Report on horse surra - Volume II, Part II
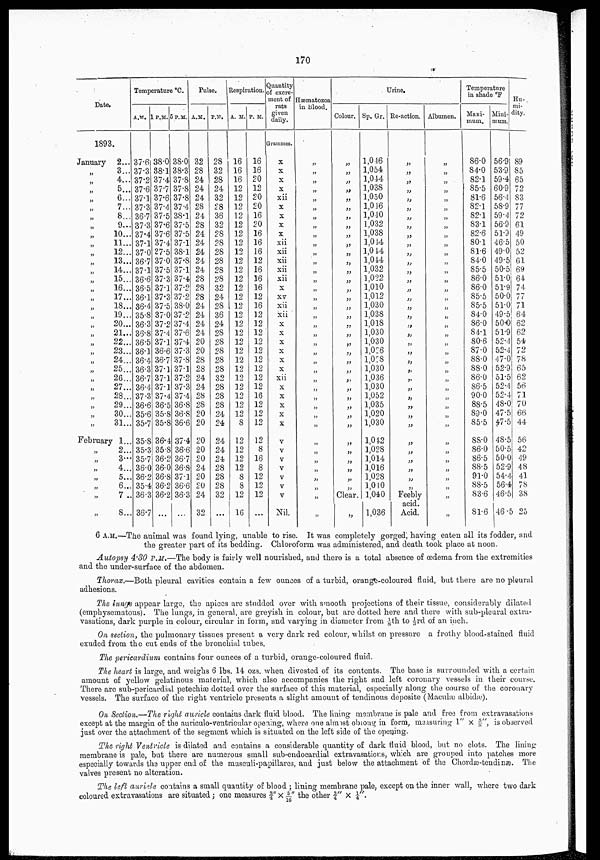
170
Date.
1893.
January 2...
„ 3...
„ 4...
„ 5...
„ 6...
„ 7...
„ 8...
„ 9...
„ 10...
„ 11...
„ 12...
„ 13...
„ 14...
„ 15...
„ 16...
„ 17...
„ 18...
„ 19...
„ 20...
„ 21...
„ 22...
„ 23...
„ 24...
„ 25...
„ 26...
„ 27...
„ 28...
„ 29...
„ 30...
„ 31...
February 1...
„ 2...
„ 3...
„ 4...
„ 5...
„ 6...
„ 7..
„ 8...
Temperature °C.
37.6
37.3
37.2
37.6
37.1
37.3
36.7
37.3
37.4
37.1
37.0
36.7
37.1
36.6
36.5
36.1
36.4
35.8
36.3
36.8
36.5
36.1
36.4
36.3
36.7
36.4
37.3
36.6
35.6
35.7
35.8
35.3
35.7
36.0
36.2
35.4
36.3
36.7
38.0
38.1
37.4
37.7
37.6
37.4
37.5
37.6
37.6
37.4
37.5
37.0
37.5
37.3
37.1
37.3
37.5
37.0
37.2
37.4
37.1
36.6
36.7
37.1
37.1
37.1
37.4
36.5
35.8
35.8
36.4
35.8
36.2
36.0
36.8
36.2
36.2
...
38.0
38.3
37.8
37.8
37.8
37.4
38.1
37.5
37.5
37.1
38.1
37.8
37.1
37.4
37.2
37.2
38.0
37.2
37.4
37.6
37.4
37.3
37.8
37.1
37.2
37.3
37.4
36.8
36.8
36.6
37.4
36.6
36.7
36.8
37.1
36.6
36.3
...
Pulse.
32
28
24
24
24
28
24
28
24
24
24
24
24
28
28
28
24
24
24
24
20
20
28
28
24
24
28
28
20
20
20
20
20
24
20
20
24
32
28
32
28
24
32
28
36
32
28
28
28
28
28
28
32
24
28
36
24
28
28
28
28
28
32
28
28
28
24
24
24
24
24
28
28
28
32
...
Respiration.
16
16
16
12
12
12
12
12
12
12
12
12
12
12
12
12
12
12
12
12
12
12
12
12
12
12
12
12
12
8
12
12
12
12
8
8
12
16
16
16
20
12
20
20
16
20
16
16
16
12
16
16
16
12
16
12
12
12
12
12
12
12
12
12
16
12
12
12
12
8
16
8
12
12
12
...
Quantity
of excre
ment of
rats
given
daily.
Grammes.
x
x
x
x
xii
x
x
x
x
xii
xii
xii
xii
xii
x
xv
xii
xii
x
x
x
x
x
x
xii
x
x
x
x
x
v
v
v
v
v
v
v
Nil.
Hæmatozoa
in blood.
„
„
„
„
„
„
„
„
„
„
„
„
„
„
„
„
„
„
„
„
„
„
„
„
„
„
„
„
„
„
„
„
„
„
„
„
„
„
Colour.
„
„
„
„
„
„
„
„
„
„
„
„
„
„
„
„
„
„
„
„
„
„
„
„
„
„
„
„
„
„
„
„
„
„
„
„
Clear.
„
Urine.
Sp. Gr.
1,046
1,054
1,044
1,038
1,050
1,016
1,040
1,032
1,038
1,044
1,044
1,044
1,032
1,022
1,010
1,012
1,030
1,038
1,018
1,030
1,030
1,026
1,028
1,030
1,036
1,030
1,052
1,035
1,020
1,030
1,012
1,028
1,014
1,016
1,028
1,010
1,040
1,036
Re-action.
„
„
„
„
„
„
„
„
„
„
„
„
„
„
„
„
„
„
„
„
„
„
„
„
„
„
„
„
„
„
„
„
„
„
„
„
Feebly
acid.
Acid.
Albumen.
„
„
„
„
„
„
„
„
„
„
„
„
„
„
„
„
„
„
„
„
„
„
„
„
„
„
„
„
„
„
„
„
„
„
„
„
„
„
Temperature
in shade ºF
Maxi
mum.
86.0
84.0
82.1
85.5
81.6
82.1
82.1
83.1
82.6
80.1
81.6
84.0
85.5
86.0
86.0
85.5
85.5
84.0
86.0
84.1
80.6
87.0
88.0
88.0
86.0
86.5
90.0
88.5
89.0
85.5
88.0
86.0
86.5
88.5
91.0
88.5
83.6
81.6
Mini
mum.
56.9
53.9
59.4
60.9
56.4
58.9
59.4
56.9
51.3
46.5
49.0
49.5
50.5
51.0
51.9
50.0
51.0
49.5
50.0
51.9
52.4
52.4
47.0
52.9
51.5
52.4
52.4
48.0
47.5
47.5
48.5
50.5
50.0
52.9
54.4
56.4
46.5
46.5
Hu
mi
dity.
89
85
65
72
83
77
72
61
49
50
52
61
69
64
74
77
71
64
62
62
54
72
78
65
62
56
71
70
66
44
56
42
49
48
41
78
38
25
6 A.M.—The animal was found lying, unable to rise. It was completely gorged, having eaten all its fodder, and
the greater part of its bedding. Chloroform was administered, and death took place at noon.
Autopsy 4.30 P.M.—The body is fairly well nourished, and there is a total absence of œdema from the extremities
and the under-surface of the abdomen.
Thorax.—Both pleural cavities contain a few ounces of a turbid, orange-coloured fluid, but there are no pleural
adhesions.
The lungs appear large, the apices are studded over with smooth projections of their tissue, considerably dilated
(emphysematous). The lungs, in general, are greyish in colour, but are dotted here and there with sub-pleural extra
vasations, dark purple in colour, circular in form, and varying in diameter from ⅛th to ⅓rd of an inch.
On section, the pulmonary tissues present a very dark red colour, whilst on pressure a frothy blood-stained fluid
exuded from the cut ends of the bronchial tubes.
The pericardium contains four ounces of a turbid, orange-coloured fluid.
The heart is large, and weighs 6 lbs. 14 ozs. when divested of its contents. The base is surrounded with a certain
amount of yellow gelatinous material, which also accompanies the right and left coronary vessels in their course.
There are sub-pericardial petechiæ dotted over the surface of this material, especially along the course of the coronary
vessels. The surface of the right ventricle presents a slight amount of tendinous deposite (Maculæ albidæ).
On Section.—The right auricle contains dark fluid blood. The lining membrane is pale and free from extravasations
except at the margin of the auriculo-ventricular opening, where one almost oblong in form, measuring 1" × ⅝", is observed
just over the attachment of the segment which is situated on the left side of the opening.
The right Ventricle is dilated and contains a considerable quantity of dark fluid blood, but no clots. The lining:
membrane is pale, but there are numerous small sub-endocardial extravasations, which are grouped into patches more
especially towards the upper end of the musculi-papillares, and just below the attachment of the Chordæ-tendinæ. The
valves present no alteration.
The left auricle contains a small quantity of blood ; lining membrane pale, except on the inner wall, where two dark
coloured extravasations are situated ; one measures ¾" × 5/16" the other ¾" × ¼".